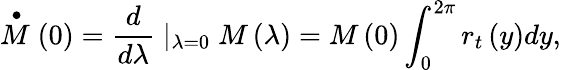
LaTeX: \stackrel{\bullet}{M}\left(0\right)=\frac d{d\lambda}\mid_{\lambda=0}M\left(\lambda\right)=M\left(0\right)\int_{0}^{2\pi}r_{t}\left(y\right)dy,